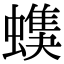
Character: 𧑦